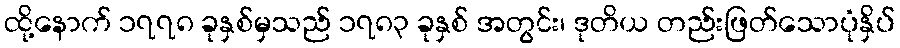
ထို့နောက် ၁၇၇၈ ခုနှစ်မှသည် ၁၇၈၃ ခုနှစ် အတွင်း၊ ဒုတိယ တည်းဖြတ်သောပုံနှိပ်